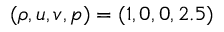
\left( \rho , u , v , p \right) = \left( 1 , 0 , 0 , 2 . 5 \right)